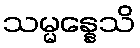
သမ္မန္နေသိ